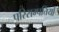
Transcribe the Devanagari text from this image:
परिसम्‍पत्तियों